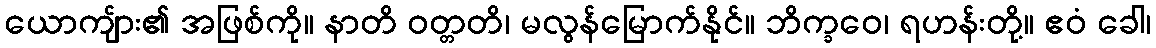
ယောကျ်ား၏ အဖြစ်ကို။ နာတိ ဝတ္တတိ၊ မလွန်မြောက်နိုင်။ ဘိက္ခဝေ၊ ရဟန်းတို့။ ဧဝံ ခေါ၊